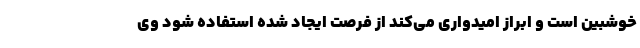
خوشبین است و ابراز امیدواری می‌کند از فرصت ایجاد شده استفاده شود وی